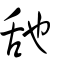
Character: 𦧇